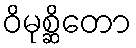
ဝိမုစ္ဆိတော